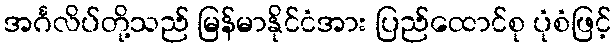
အင်္ဂလိပ်တို့သည် မြန်မာနိုင်ငံအား ပြည်ထောင်စု ပုံစံဖြင့်